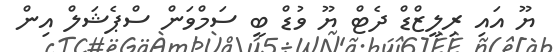
ޔޫ އައި ރިލީޒްޑް ދެޓް ޔޫ ވުޑް ބީ ސަމްވަން ސްޕެޝަލް އިން